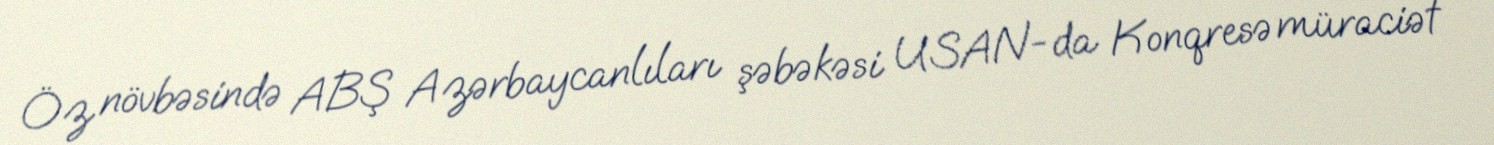
Öz növbəsində ABŞ Azərbaycanlıları şəbəkəsi USAN-da Konqresə müraciət